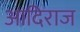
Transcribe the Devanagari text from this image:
आदिराज